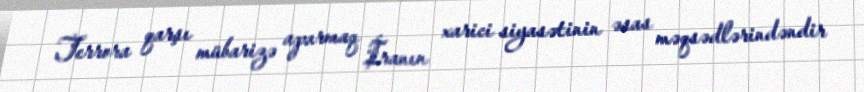
Terrora qarşı mübarizə aparmaq İranın xarici siyasətinin əsas məqsədlərindəndir